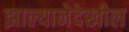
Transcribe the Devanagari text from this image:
झाल्यानेदेखील